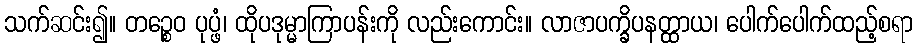
သက်ဆင်း၍။ တဉ္စေဝ ပုပ္ဖံ၊ ထိုပဒုမ္မာကြာပန်းကို လည်းကောင်း။ လာဇာပက္ခိပနတ္ထာယ၊ ပေါက်ပေါက်ထည့်စရာ